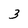
Character: 3